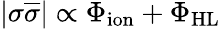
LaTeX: |\sigma\overline{{\sigma}}|\propto\Phi_{\mathrm{ion}}+\Phi_{\mathrm{HL}}